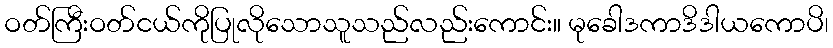
ဝတ်ကြီးဝတ်ငယ်ကိုပြုလိုသောသူသည်လည်းကောင်း။ မုခေါဒကာဒိဒါယကောပိ၊